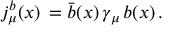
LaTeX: j _ { \mu } ^ { b } ( x ) \, = \bar { b } ( x ) \, \gamma _ { \mu } \, b ( x ) \, .